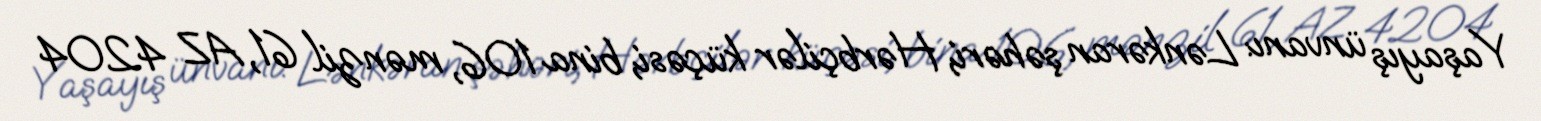
Yaşayış ünvanı: Lənkəran şəhəri, Hərbçilər küçəsi, bina 106, mənzil 61, AZ 4204